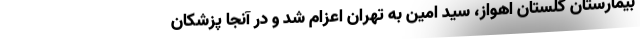
بیمارستان گلستان اهواز، سید امین به تهران اعزام شد و در آنجا پزشکان